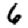
Digit: 6